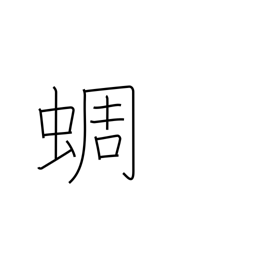
Meaning: clear-toned cicada